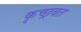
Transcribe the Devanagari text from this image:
कृच्छ्रवत